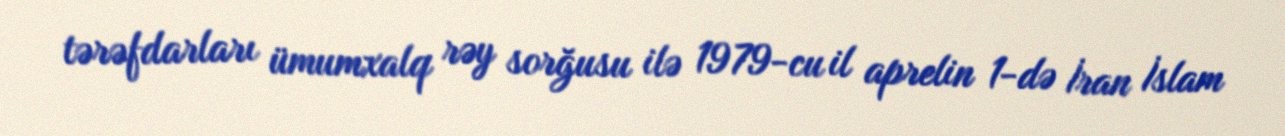
tərəfdarları ümumxalq rəy sorğusu ilə 1979-cu il aprelin 1-də İran İslam